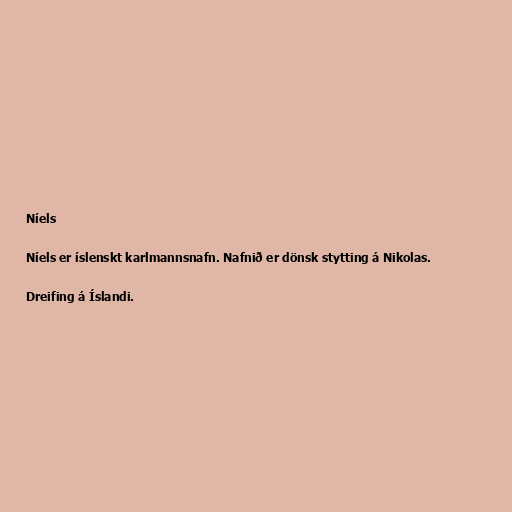
Níels

Níels er íslenskt karlmannsnafn. Nafnið er dönsk stytting á Nikolas.

Dreifing á Íslandi.